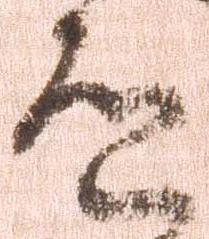
道